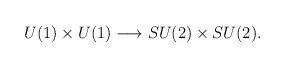
\begin{align*}U(1)\times U(1) \longrightarrow SU(2)\times SU(2).\end{align*}